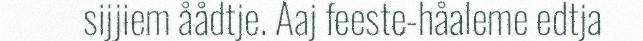
sijjiem åådtje. Aaj feeste-håaleme edtja